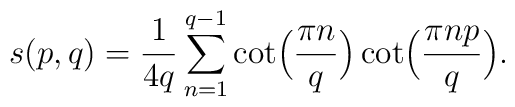
s(p,q)={1 \over 4q} \sum_{n=1}^{q-1} \cot \Bigl( {\pi n \over q}\Bigr) \cot \Bigl( {\pi n p\over q}\Bigr).